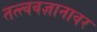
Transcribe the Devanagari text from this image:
तत्त्ववज्ञानावर